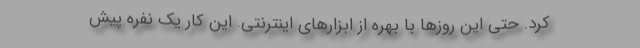
کرد. حتی این روزها با بهره از ابزارهای اینترنتی. این کار یک نفره پیش